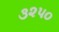
૩૨૫૦